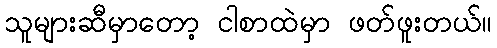
သူများဆီမှာတော့ ငါစာထဲမှာ ဖတ်ဖူးတယ်။